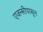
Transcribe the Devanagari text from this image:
एजन्सीपासून